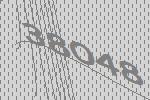
38048